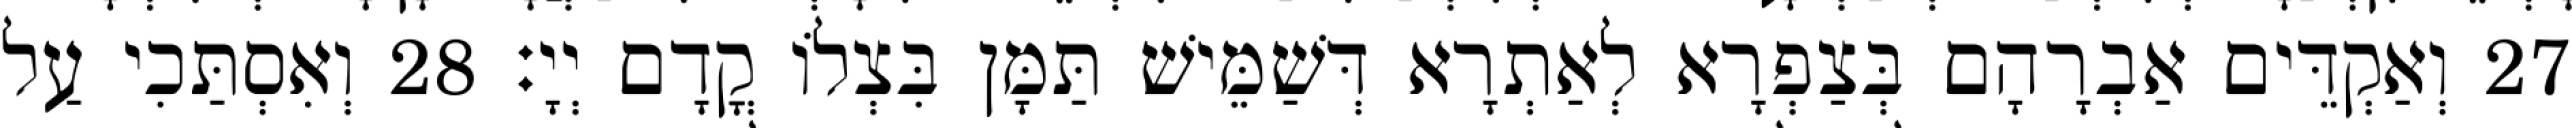
27 וְאַקְדֵּים אַבְרָהָם בְּצַפְרָא לְאַתְרָא דְּשַׁמֵּישׁ תַּמָּן בִּצְלוֹ קֳדָם יְיָ׃ 28 וְאִסְתַּכִי עַל